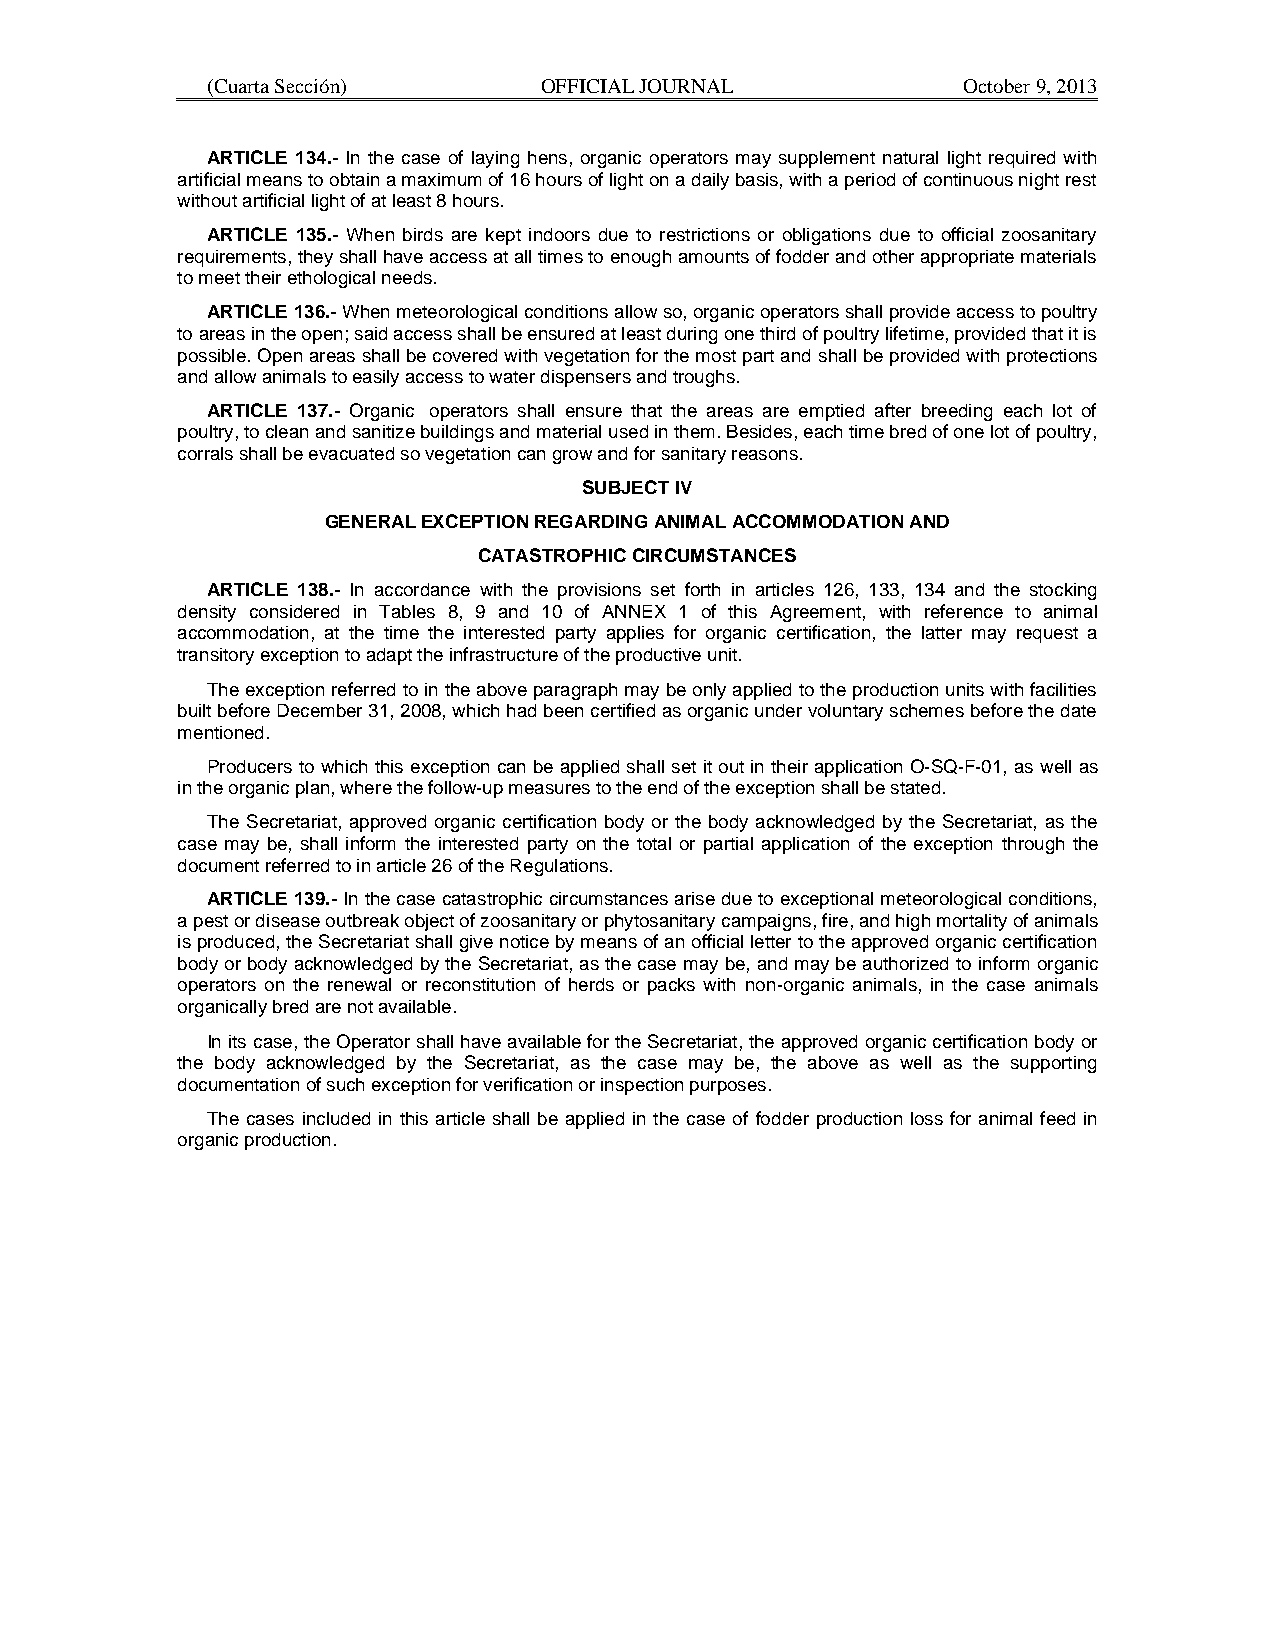
(Cuarta Sección)      OFFICIAL JOURNAL            October 9, 2013
 ARTICLE 134.- In the case of laying hens, organic operators may supplement natural light required with
 artificial means to obtain a maximum of 16 hours of light on a daily basis, with a period of continuous night rest
 without artificial light of at least 8 hours.
 ARTICLE 135.- When birds are kept indoors due to restrictions or obligations due to official zoosanitary
 requirements, they shall have access at all times to enough amounts of fodder and other appropriate materials
 to meet their ethological needs.
 ARTICLE 136.- When meteorological conditions allow so, organic operators shall provide access to poultry
 to areas in the open; said access shall be ensured at least during one third of poultry lifetime, provided that it is
 possible. Open areas shall be covered with vegetation for the most part and shall be provided with protections
 and allow animals to easily access to water dispensers and troughs.
 ARTICLE 137.- Organic operators shall ensure that the areas are emptied after breeding each lot of
 poultry, to clean and sanitize buildings and material used in them. Besides, each time bred of one lot of poultry,
 corrals shall be evacuated so vegetation can grow and for sanitary reasons.
 SUBJECT IV
 GENERAL EXCEPTION REGARDING ANIMAL ACCOMMODATION AND
 CATASTROPHIC CIRCUMSTANCES
 ARTICLE 138.- In accordance with the provisions set forth in articles 126, 133, 134 and the stocking
 density considered in Tables 8, 9 and 10 of ANNEX 1 of this Agreement, with reference to animal
 accommodation, at the time the interested party applies for organic certification, the latter may request a
 transitory exception to adapt the infrastructure of the productive unit.
 The exception referred to in the above paragraph may be only applied to the production units with facilities
 built before December 31, 2008, which had been certified as organic under voluntary schemes before the date
 mentioned.
 Producers to which this exception can be applied shall set it out in their application O-SQ-F-01, as well as
 in the organic plan, where the follow-up measures to the end of the exception shall be stated.
 The Secretariat, approved organic certification body or the body acknowledged by the Secretariat, as the
 case may be, shall inform the interested party on the total or partial application of the exception through the
 document referred to in article 26 of the Regulations.
 ARTICLE 139.- In the case catastrophic circumstances arise due to exceptional meteorological conditions,
 a pest or disease outbreak object of zoosanitary or phytosanitary campaigns, fire, and high mortality of animals
 is produced, the Secretariat shall give notice by means of an official letter to the approved organic certification
 body or body acknowledged by the Secretariat, as the case may be, and may be authorized to inform organic
 operators on the renewal or reconstitution of herds or packs with non-organic animals, in the case animals
 organically bred are not available.
 In its case, the Operator shall have available for the Secretariat, the approved organic certification body or
 the body acknowledged by the Secretariat, as the case may be, the above as well as the supporting
 documentation of such exception for verification or inspection purposes.
 The cases included in this article shall be applied in the case of fodder production loss for animal feed in
 organic production.